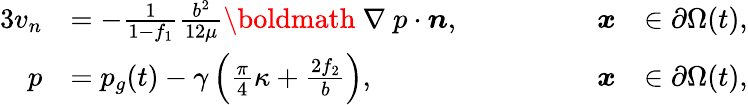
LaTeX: \begin{array}{rlrl}{{3}v_{n}}&{=-\frac{1}{1-f_{1}}\frac{b^{2}}{12\mu}\mathrm{\boldmath~\nabla~}p\cdot\boldsymbol{n},\qquad\qquad}&{\boldsymbol{x}}&{\in\partial\Omega(t),}\\ {p}&{=p_{g}(t)-\gamma\left(\frac{\pi}{4}\kappa+\frac{2f_{2}}{b}\right),\qquad\qquad}&{\boldsymbol{x}}&{\in\partial\Omega(t),}\end{array}